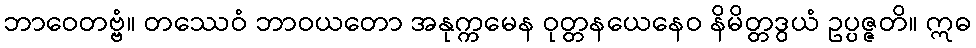
ဘာဝေတဗ္ဗံ။ တဿေဝံ ဘာဝယတော အနုက္ကမေန ဝုတ္တနယေနေဝ နိမိတ္တဒွယံ ဥပ္ပဇ္ဇတိ။ ဣဓ